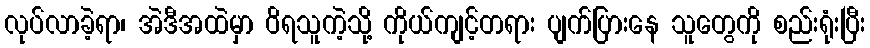
လုပ်လာခဲ့ရာ၊ အဲဒီအထဲမှာ ဝိရသူကဲ့သို့ ကိုယ်ကျင့်တရား ပျက်ပြားနေ သူတွေကို စည်းရုံးပြီး